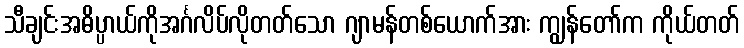
သီချင်းအဓိပ္ပာယ်ကိုအင်္ဂလိပ်လိုတတ်သော ဂျာမန်တစ်ယောက်အား ကျွန်တော်က ကိုယ်တတ်